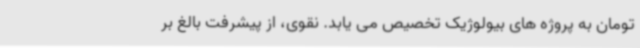
تومان به پروژه های بیولوژیک تخصیص می یابد. نقوی، از پیشرفت بالغ بر